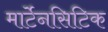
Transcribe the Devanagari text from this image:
मार्टेनसिटिक